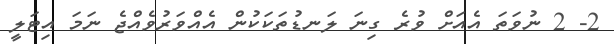
2- 2 ނުވަތަ އެއަށް ވުރެ ގިނަ ލަނޑުތަކަކުން އެއްވަރުވެއްޖެ ނަމަ އިޓަލީ